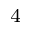
_ 4